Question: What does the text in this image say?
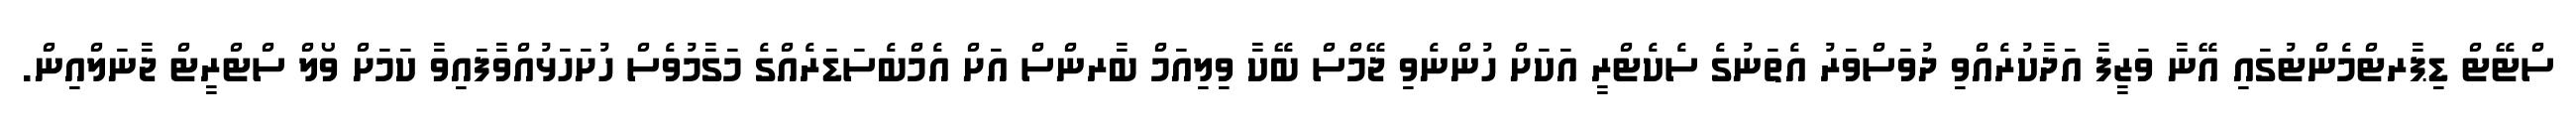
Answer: ސްޓޭޓް ޑިޕާރޓްމެންޓުގައި އޭނާ ވަޒީފާ އަދާކުރެއްވި ދުވަސްވަރު އެތަނުގެ ސެކެޓްރީ އަކަށް ހުންނެވި ޖޭމްސް ބޭކާ ވިލިއަމް ބާރންސް އަށް އެމްބެސަޑަރެއްގެ މަގާމުވެސް ހުށަހަޅުއްވާފައިވާ ކަމަށް ވޯލް ސްޓްރީޓް ޖާނަލްއިން.